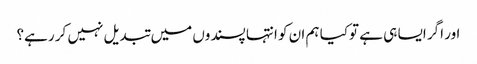
اور اگر ایسا ہی ہے توکیا ہم ان کو انتہا پسندوں میں تبدیل نہیں کر رہے؟